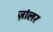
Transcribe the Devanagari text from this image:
ज़ोलर